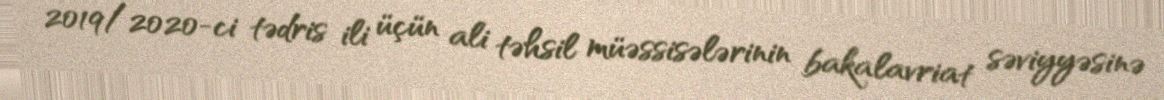
2019/2020-ci tədris ili üçün ali təhsil müəssisələrinin bakalavriat səviyyəsinə